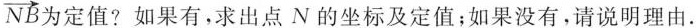
\overrightarrow{NB} 为定值?如果有，求出点N的坐标及定值；如果没有，请说明理由。